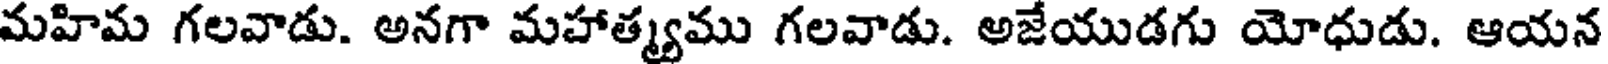
మహిమ గలవాడు. అనగా మహాత్యము గలవాడు. అజేయుడగు యోధుడు. ఆయన